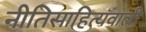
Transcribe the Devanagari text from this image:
नीतिसाहित्यवाली